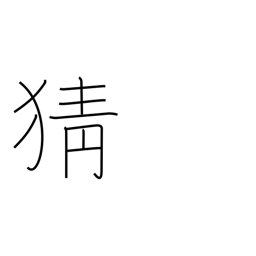
Meaning: jealousy